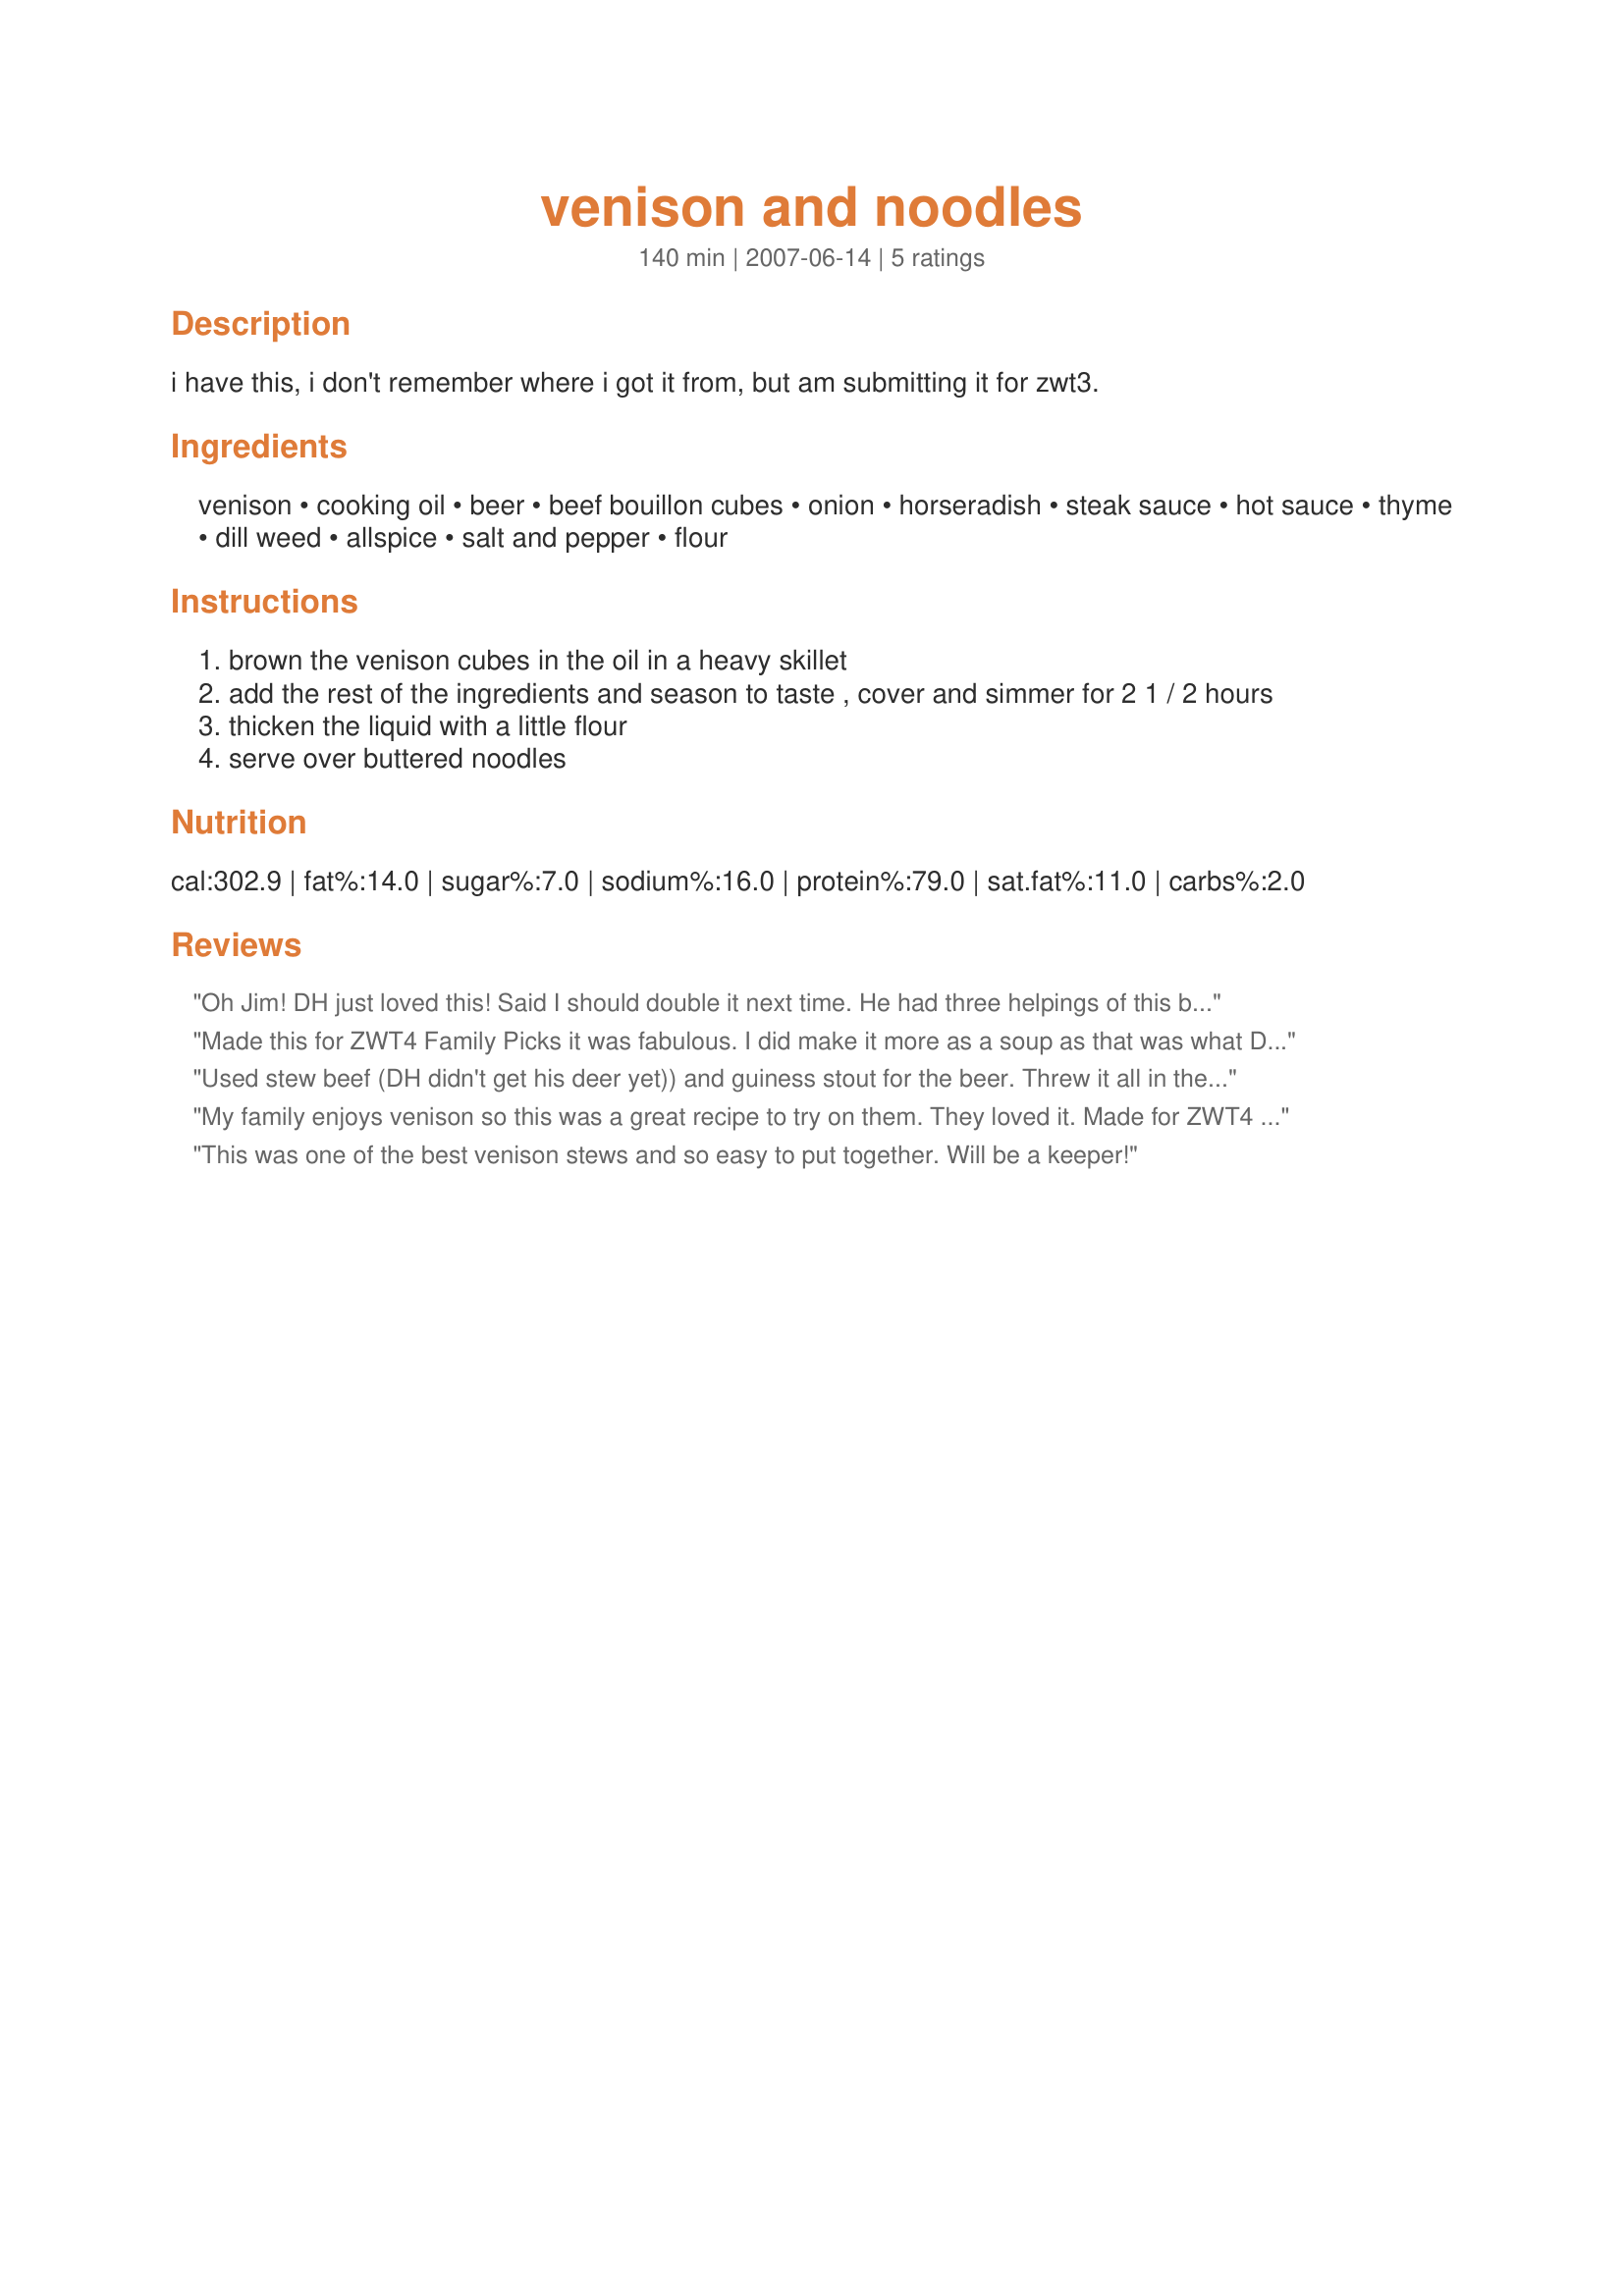
venison and noodles
Preparation time: 140 minutes

i have this, i don't remember where i got it from, but am submitting it for zwt3.

Ingredients:
venison, cooking oil, beer, beef bouillon cubes, onion, horseradish, steak sauce, hot sauce, thyme, dill weed, allspice, salt and pepper, flour

Steps:
brown the venison cubes in the oil in a heavy skillet
add the rest of the ingredients and season to taste , cover and simmer for 2 1 / 2 hours
thicken the liquid with a little flour
serve over buttered noodles

Reviews:
Oh Jim! DH just loved this! Said I should double it next time. He had three helpings of this batch and there is barely enough for a snack left over. It was so easy to throw together. I think this would also work in a crock pot, which I might try so we can enjoy this during the work week. I am also thinking it would be super over mashed potatoes, with all that wonderful gravy. I sacrificed my last Halloween Ale for the beer, but I think it was a good choice. Any of the lighter beers wouldn't give such a great flavor I don't think. Thanks Jim and congrats on winning the football pool!
Made this for ZWT4 Family Picks it was fabulous. I did make it more as a soup as that was what DH wanted for supper. So I omitted the flour and then I made my own noodles. Thank you for the great flavor for venison. Made by a Chic Chef.
Used stew beef (DH didn't get his deer yet)) and guiness stout for the beer. Threw it all in the crockpot without browning the meat, and served over egg noodles. Delicious gravy!
My family enjoys venison so this was a great recipe to try on them. They loved it. Made for ZWT4 for the Tastebud Tickling Travellers.
This was one of the best venison stews and so easy to put together. Will be a keeper!
